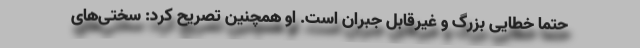
حتما خطایی بزرگ و غیرقابل جبران است. او همچنین تصریح کرد: سختی‌های